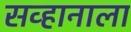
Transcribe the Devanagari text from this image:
सव्हानाला